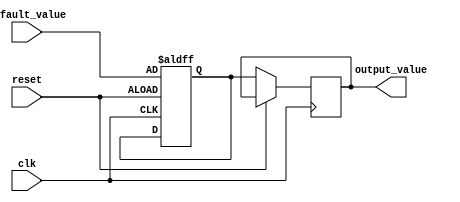
module Fallback_Bypass_Register(
    input reset,
    input clk,
    input [7:0] default_value,
    output reg [7:0] output_value
);
    
reg [7:0] fallback_value;

always @(posedge clk or posedge reset) begin
    if (reset) begin
        fallback_value <= default_value;
    end else begin
        output_value <= fallback_value;
    end
end

endmodule